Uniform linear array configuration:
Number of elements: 32
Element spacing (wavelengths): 0.5
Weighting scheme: kaiser
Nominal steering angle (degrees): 0
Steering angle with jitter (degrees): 1.513
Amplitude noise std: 0.05
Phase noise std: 0.05

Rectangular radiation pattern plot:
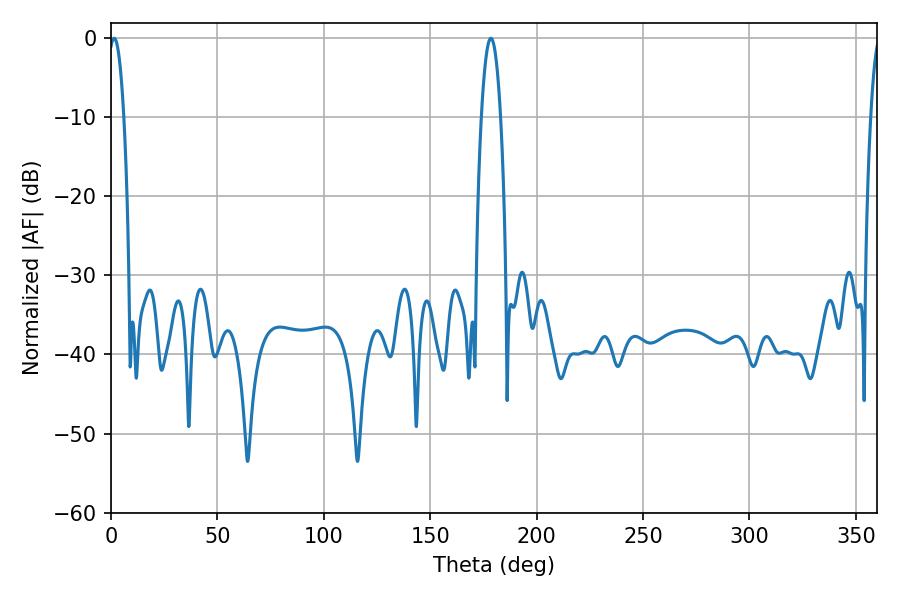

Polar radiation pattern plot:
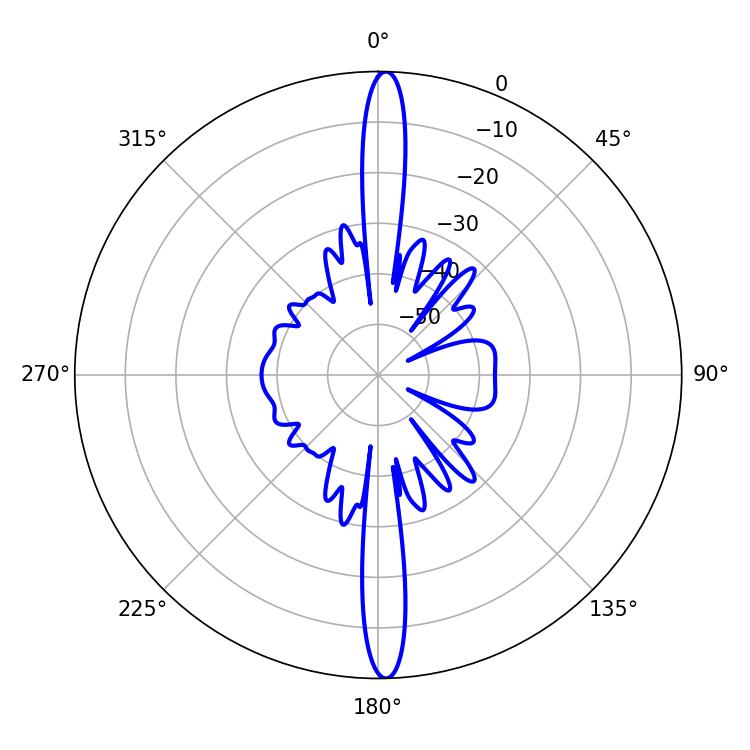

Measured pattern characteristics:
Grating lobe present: FALSE
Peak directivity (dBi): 26.08
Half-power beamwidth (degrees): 3.96
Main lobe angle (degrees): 1.44